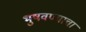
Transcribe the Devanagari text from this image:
भुषवण्याचा